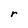
Character: r